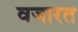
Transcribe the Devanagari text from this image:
वजारत